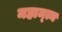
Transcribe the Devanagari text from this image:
महाम्त्य